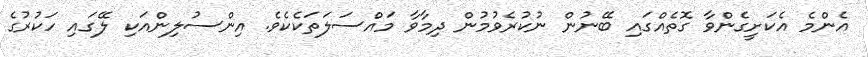
އެންމެ އެކަށީގެންވާ ގޮތެއްގައި ބޭނުން ނުކުރެވުމުން ދިމާވާ މައްސަލަތަކެކެވެ. އިންސުލިންއަކި ލޭގައި ހަކުރުގެ